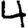
Digit: 4